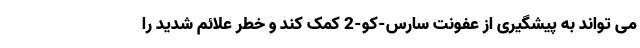
می تواند به پیشگیری از عفونت سارس-کو-2 کمک کند و خطر علائم شدید را